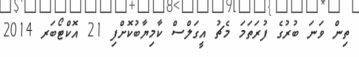
ތިން ވަނަ ބުރުގެ ފުރަތަމަ މެޗު އީގަލްސް ކާމިޔާބުކޮށްފި 21 އޮކްޓޯބަރ 2014